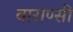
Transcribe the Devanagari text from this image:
वाराण्सी